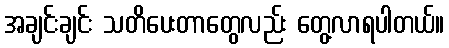
အချင်းချင်း သတိပေးတာတွေလည်း တွေ့လာရပါတယ်။